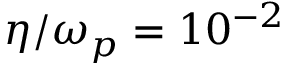
\eta / \omega _ { p } = 1 0 ^ { - 2 }